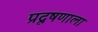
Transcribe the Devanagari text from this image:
प्रदूषणाला